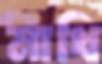
মাখি